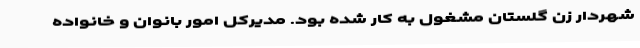
شهردار زن گلستان مشغول به کار شده بود. مدیرکل امور بانوان و خانواده